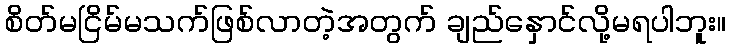
စိတ်မငြိမ်မသက်ဖြစ်လာတဲ့အတွက် ချည်နှောင်လို့မရပါဘူး။